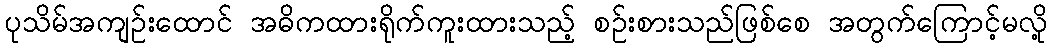
ပုသိမ်အကျဉ်းထောင် အဓိကထားရိုက်ကူးထားသည့် စဉ်းစားသည်ဖြစ်စေ အတွက်ကြောင့်မလို့